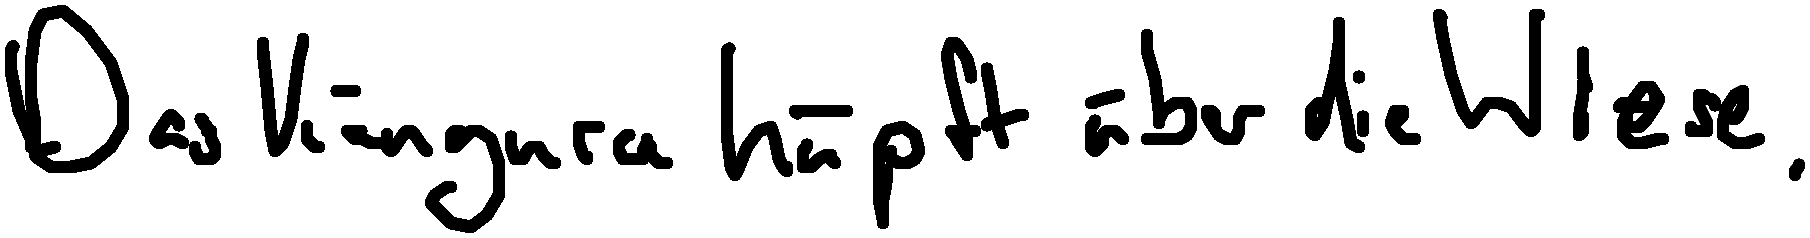
Das Känguru hüpft über die Wiese.